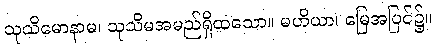
သုသိမောနာမ၊ သုသိမအမည်ရှိထသော။ မဟိယာ၊ မြေအပြင်၌။